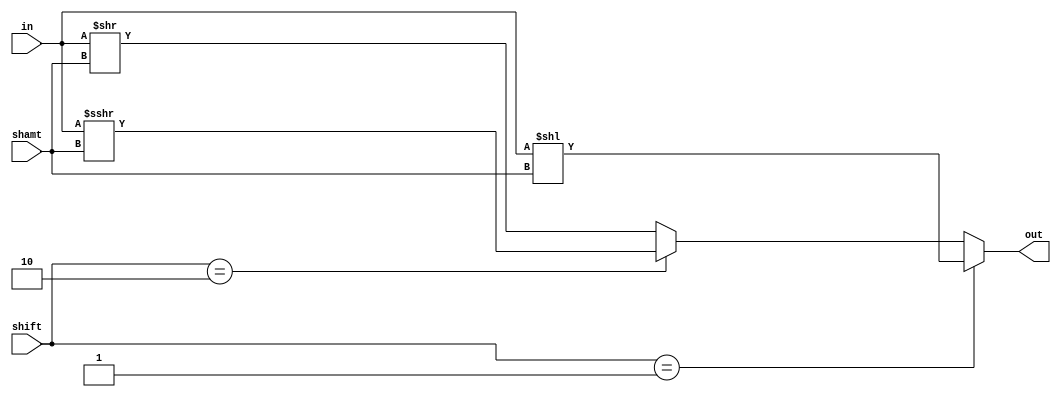

`timescale 1ns/1ns

module shift_(shift,in, out, shamt);
input [1:0] shift;
input [31:0] in;
input [4:0] shamt;
output [31:0] out;
/*    always@* begin
        case(shift)
            2'b01:      out = in << shamt;  //shift left
            2'b10:      out = in >>> shamt; //shift right arith
            2'b11:      out = in >> shamt;  // shift right logic
            default:    out = in;
        endcase
    end*/
assign out = (shift == 2'b01)? (in << shamt):(shift == 2'b10)? (in >>>shamt):(in >> shamt);
endmodule